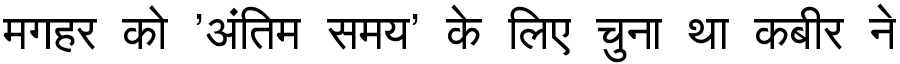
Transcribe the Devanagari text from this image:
मगहर को 'अंतिम समय' के लिए चुना था कबीर ने